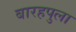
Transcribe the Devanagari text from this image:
बारहपुला